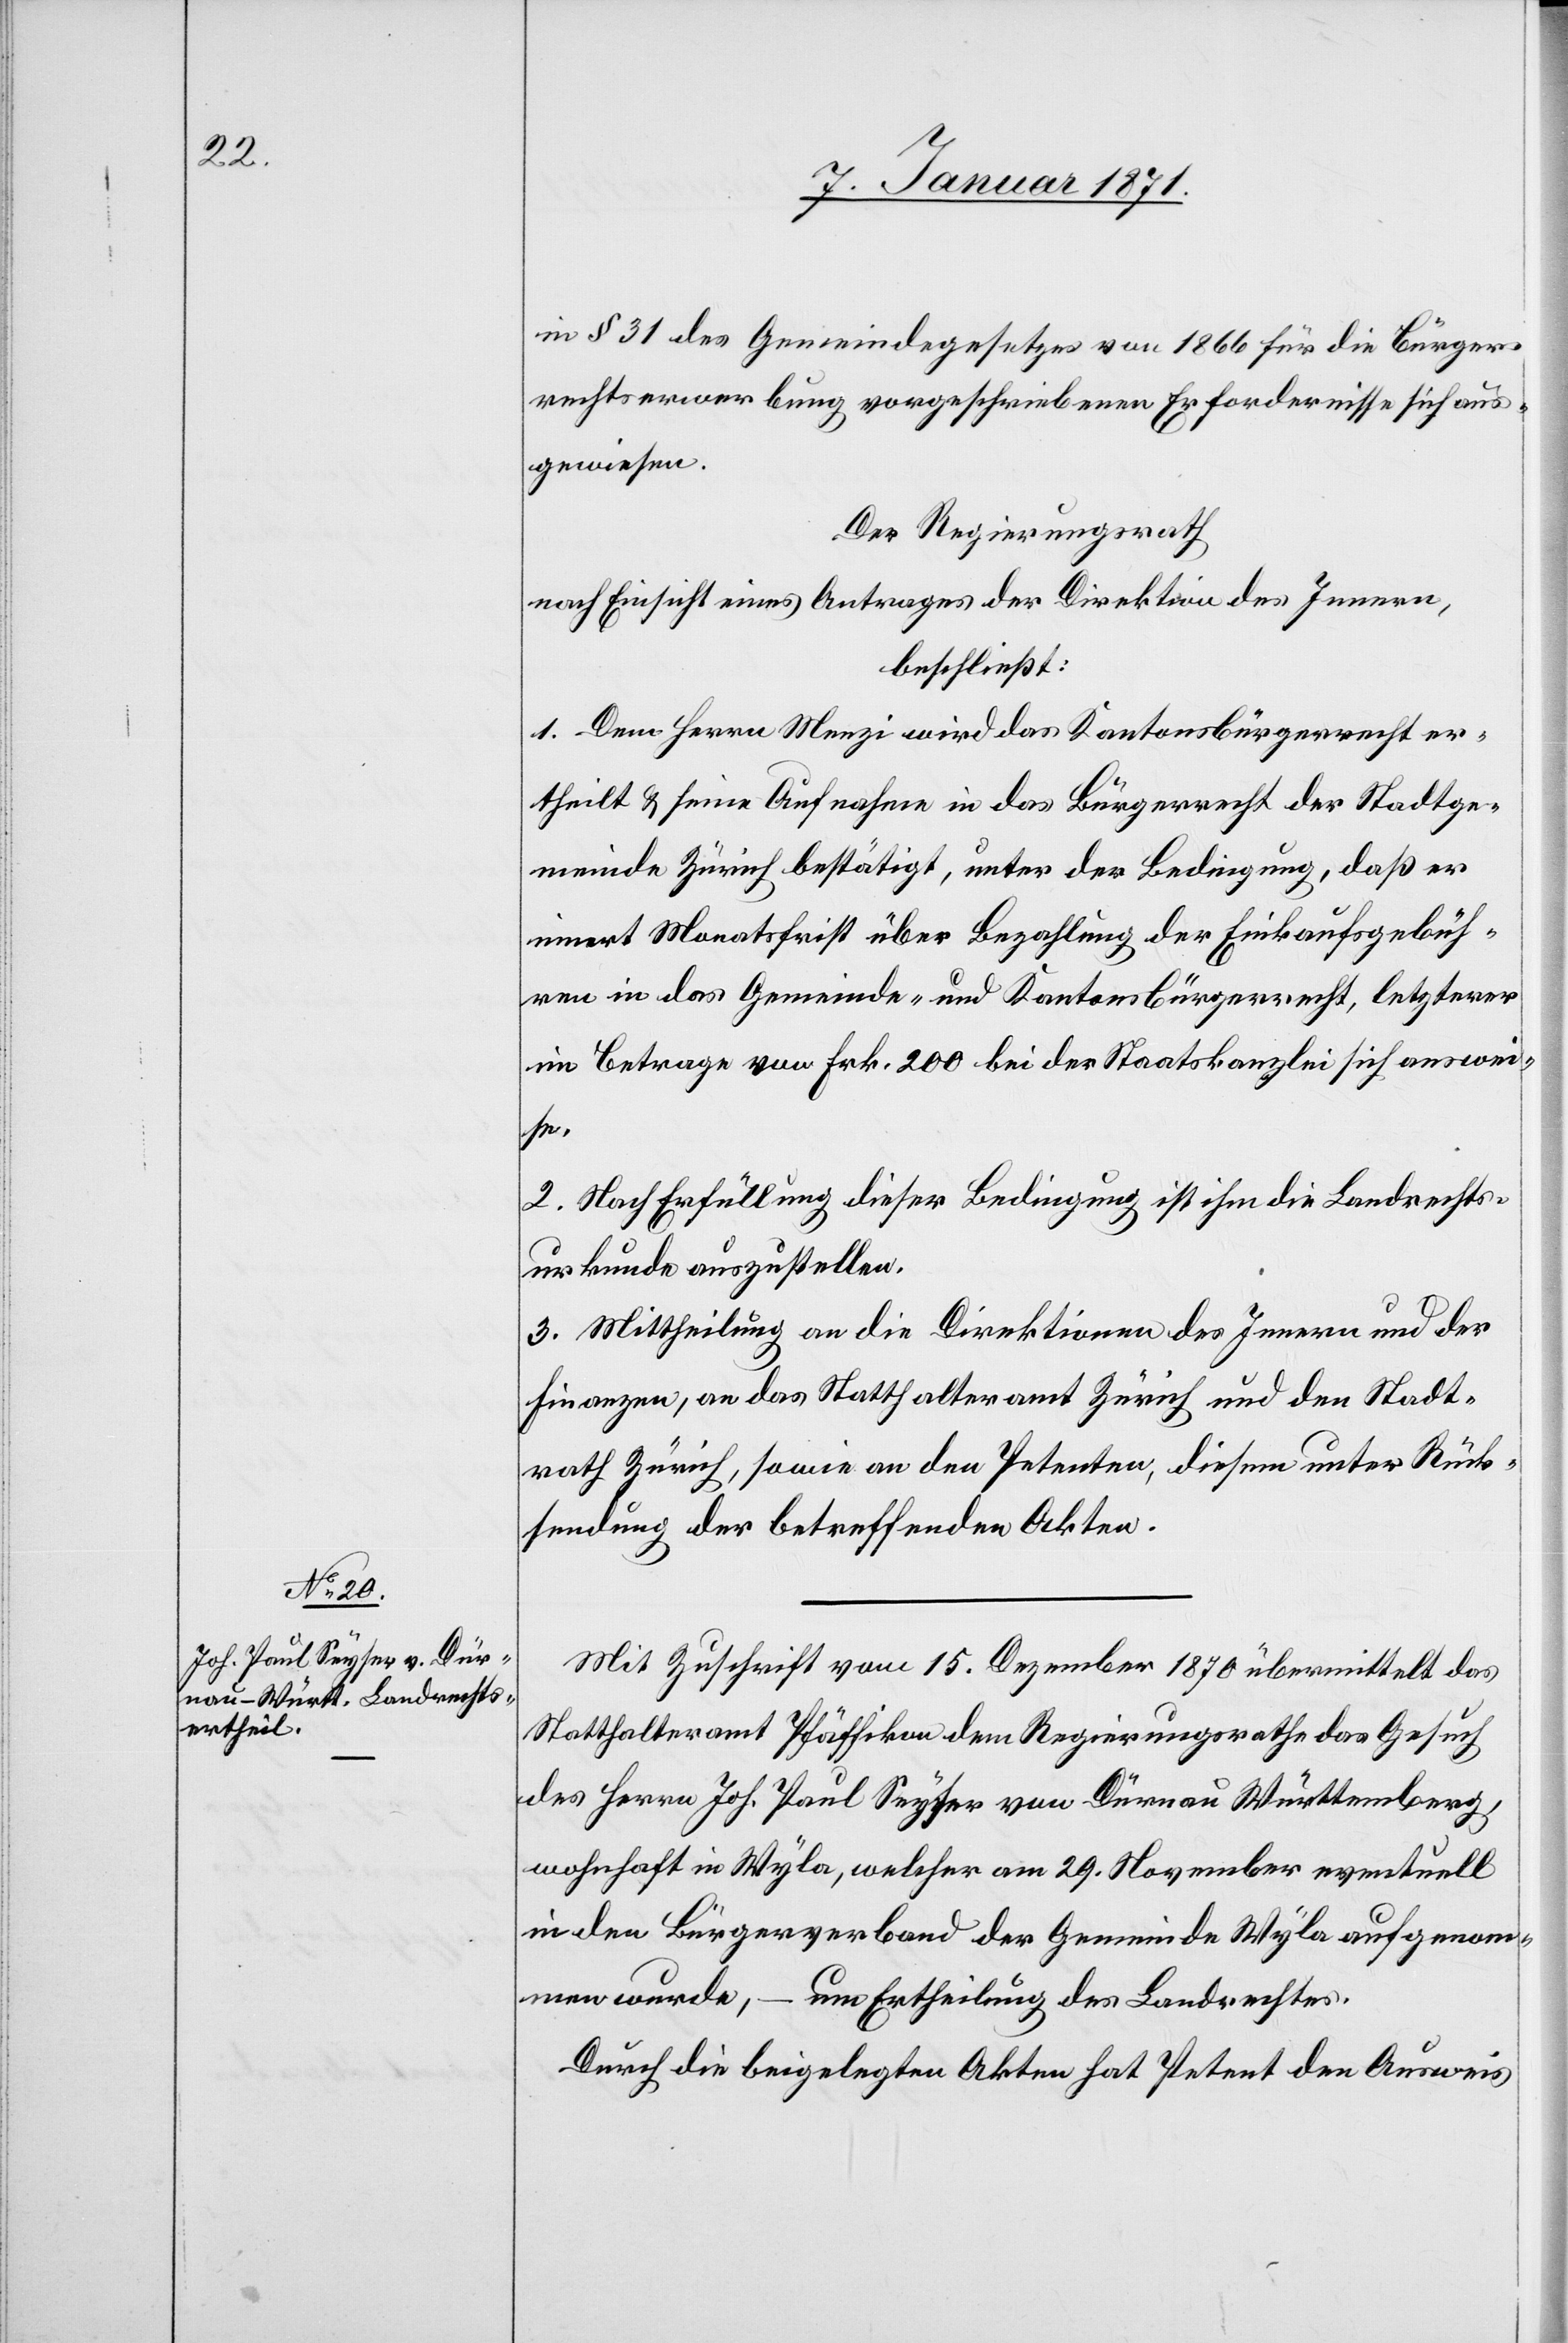
in § 31 des Gemeindegesetzes von 1866 für die Bürger¬
rechtserwerbung vorgeschriebenen Erfordernisse sich aus¬
gewiesen.
Der Regierungsrath
nach Einsicht eines Antrages der Direktion des Innern,
beschließt:
1. Dem Herrn Menzi wird das Kantonsbürgerrecht er¬
theilt u. seine Aufnahme in das Bürgerrecht der Stadtge¬
meinde Zürich bestätigt, unter der Bedingung, daß er
innert Monatsfrist über Bezahlung der Einkaufsgebüh¬
ren in das Gemeinde- und Kantonsbürgerrecht, letzterer
im Betrage von Frk. 200 bei der Staatskanzlei sich auswei¬
se.
2. Nach Erfüllung dieser Bedingung ist ihm die Landrechts¬
urkunde auszustellen.
3. Mittheilung an die Direktionen des Innern und der
Finanzen, an das Statthalteramt Zürich und den Stadt¬
rath Zürich, sowie an den Petenten, diesem unter Rück¬
sendung der betreffenden Akten.
Mit Zuschrift vom 15. Dezember 1870 übermittelt das
Statthalteramt Pfäffikon dem Regierungsrathe das Gesuch
des Herrn Joh. Paul Seyser von Dürnau Württemberg,
wohnhaft in Wyla, welcher am 29. November eventuell
in den Bürgerverband der Gemeinde Wyla aufgenom¬
men wurde, – um Ertheilung des Landrechtes.
Durch die beigelegten Akten hat Petent den Ausweis